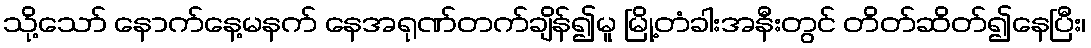
သို့သော် နောက်နေ့မနက် နေအရုဏ်တက်ချိန်၍မူ မြို့တံခါးအနီးတွင် တိတ်ဆိတ်၍နေပြီး၊